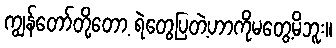
ကျွန်တော်တို့တော့ ရဲတွေပြတဲ့ဟာကိုမတွေ့မိဘူး။